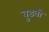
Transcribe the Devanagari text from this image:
बुडवी